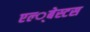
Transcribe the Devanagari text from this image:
एल्‍्बेस्टस